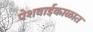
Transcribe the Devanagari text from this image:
पेशवाईकाळात